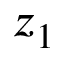
z _ { 1 }